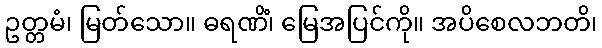
ဥတ္တမံ၊ မြတ်သော။ ဓရဏိံ၊ မြေအပြင်ကို။ အပိစေလဘတိ၊